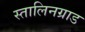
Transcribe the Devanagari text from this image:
स्तालिनग्राड